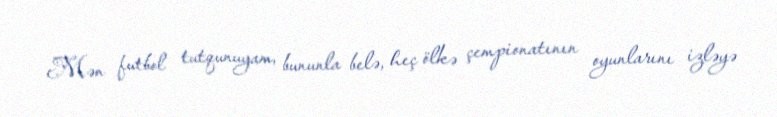
Mən futbol tutqunuyam, bununla belə, heç ölkə çempionatının oyunlarını izləyə